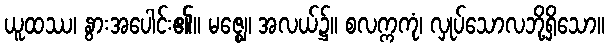
ယူထဿ၊ နွားအပေါင်း၏။ မဇ္ဈေ၊ အလယ်၌။ စလက္ကကုံ၊ လှုပ်သောလဘို့ရှိသော။